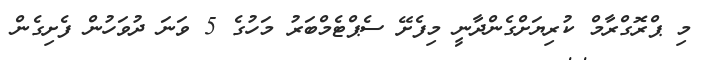
މި ޕްރޮގްރާމް ކުރިޔަށްގެންދާނީ މިފެށޭ ސެޕްޓެމްބަރު މަހުގެ 5 ވަނަ ދުވަހުން ފެށިގެން